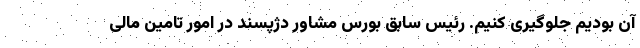
آن بودیم جلوگیری کنیم. رئیس سابق بورس مشاور دژپسند در امور تامین مالی